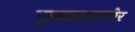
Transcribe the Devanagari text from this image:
पुतळ्यासमोर